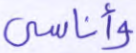
وأناسي